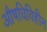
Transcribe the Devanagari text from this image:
औषधिविहीन